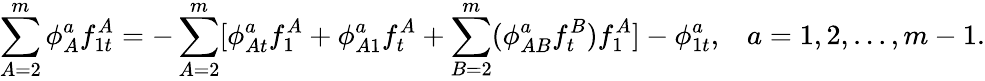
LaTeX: \sum_{A=2}^{m}\phi_{A}^{a}f_{1t}^{A}=-\sum_{A=2}^{m}[\phi_{At}^{a}f_{1}^{A}+\phi_{A1}^{a}f_{t}^{A}+\sum_{B=2}^{m}(\phi_{AB}^{a}f_{t}^{B})f_{1}^{A}]-\phi_{1t}^{a},\; \; \; a=1,2,...,m-1.